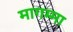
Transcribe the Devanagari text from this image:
मागम्मा